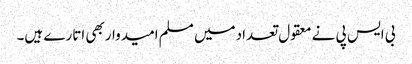
بی ایس پی نے معقول تعدادمیں مسلم امیدواربھی اتارے ہیں۔